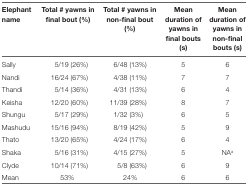
<table><thead><tr><td><b>Elephant name</b></td><td><b>Total # yawns in final bout (%)</b></td><td><b>Total # yawns in non-final bout (%)</b></td><td><b>Mean duration of yawns in final bouts (s)</b></td><td><b>Mean duration of yawns in non-final bouts (s)</b></td></tr></thead><tbody><tr><td>Sally</td><td>5/19 (26%)</td><td>6/48 (13%)</td><td>5</td><td>6</td></tr><tr><td>Nandi</td><td>16/24 (67%)</td><td>4/38 (11%)</td><td>7</td><td>7</td></tr><tr><td>Thandi</td><td>5/14 (36%)</td><td>4/31 (13%)</td><td>6</td><td>4</td></tr><tr><td>Keisha</td><td>12/20 (60%)</td><td>11/39 (28%)</td><td>8</td><td>7</td></tr><tr><td>Shungu</td><td>5/17 (29%)</td><td>1/32 (3%)</td><td>6</td><td>5</td></tr><tr><td>Mashudu</td><td>15/16 (94%)</td><td>8/19 (42%)</td><td>5</td><td>9</td></tr><tr><td>Thato</td><td>13/20 (65%)</td><td>4/24 (17%)</td><td>6</td><td>4</td></tr><tr><td>Shaka</td><td>5/16 (31%)</td><td>4/15 (27%)</td><td>5</td><td>NA<sup>a</sup></td></tr><tr><td>Clyde</td><td>10/14 (71%)</td><td>5/8 (63%)</td><td>6</td><td>9</td></tr><tr><td>Mean</td><td>53%</td><td>24%</td><td>6</td><td>6</td></tr></tbody></table>